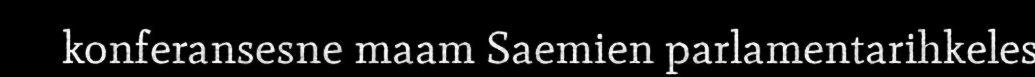
konferansesne maam Saemien parlamentarihkeles